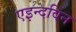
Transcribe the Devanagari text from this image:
एइन्दविन